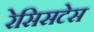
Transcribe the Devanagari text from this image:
रेसिसटेस